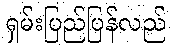
ရှမ်းပြည်ပြန်လည်